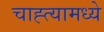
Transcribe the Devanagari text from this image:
चाह्त्यामध्ये